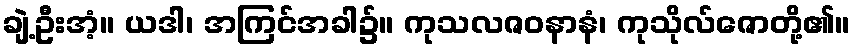
ချဲ့ဦးအံ့။ ယဒါ၊ အကြင်အခါ၌။ ကုသလဇဝနာနံ၊ ကုသိုလ်ဇောတို့၏။